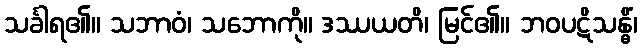
သင်္ခါရ၏။ သဘာဝံ၊ သဘောကို။ ဒဿယတိ၊ မြင်၏။ ဘဝပဋိသန္ဓိံ၊